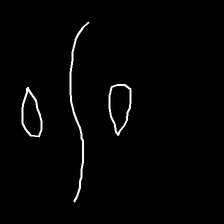
Glyph: water